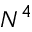
N ^ { 4 }